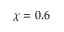
\chi = 0 . 6